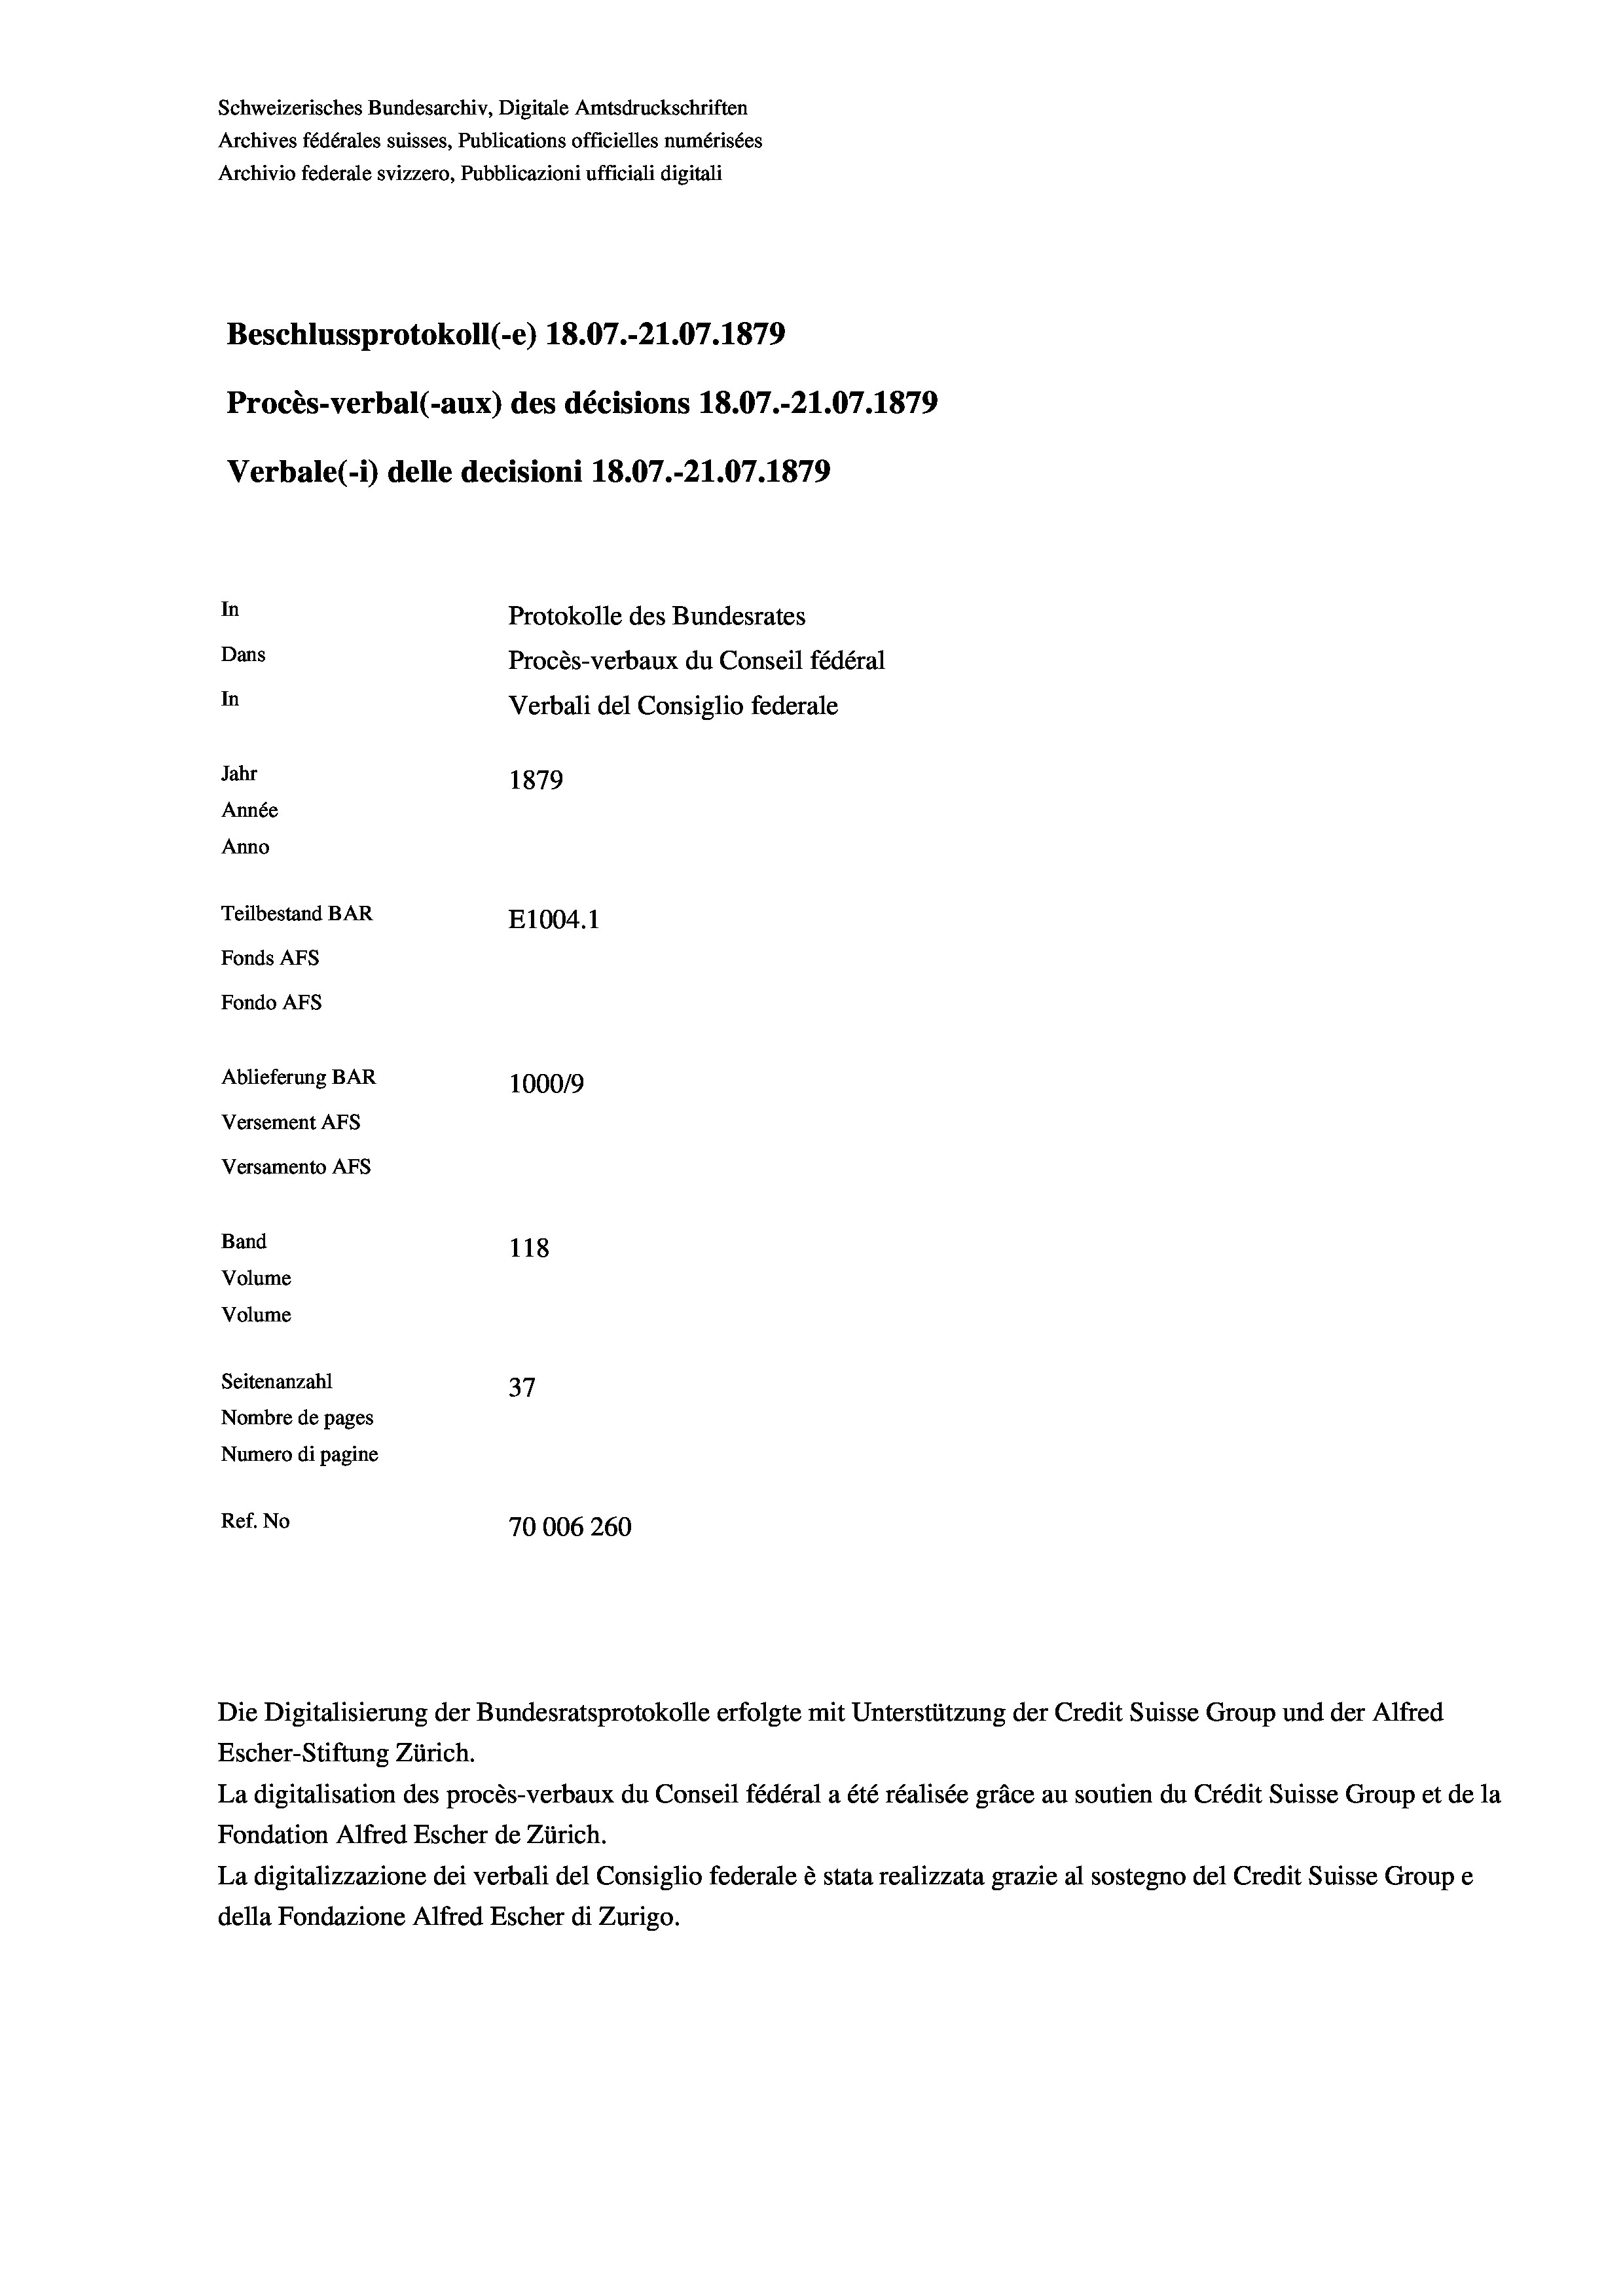
Schweizerisches Bundesarchiv, Digitale Amtsdruckschriften
Archives fédérales suisses, Publications officielles numérisées
Archivio federale svizzero, Pubblicazioni ufficiali digitali
Beschlussprotokoll (-e) 18.07.-21.07. 1879
Procès-verbal (-aux) des décisions 18.07.-21.07. 1879
Verbale (- 1) delle decisioni 18.07.-21.07. 1879
In
Protokolle des Bundesrates
Dans
Procès-verbaux du Conseil fédéral
In
Verbali del Consiglio federale
Jahr
1879
Année
Anno
Teilbestand BAR
E1004. 1
Fonds AFs
Fondo AFS
Ablieferung BAR
100019
Versement AFs
Versamento Afs
Band
118
Volume
Volume
Seitenanzahl
37
Nombre de pages
Numero di pagine
Ref. No
70006260

Escher-Stiftung Zürich.
La digitalisation des procès-verbaux du Conseil fédéral a été réalisée gräce au soutien du Crédit Suisse Group et de la
Fondation Alfred Escher de Zürich.
La digitalizzazione dei verbali del Consiglio federale è stata realizzata grazie al sostegno del Credit Suisse Groupe
della Fondazione Alfred Escher di Zurigo.

Die Digitalisierung der Bundesratsprotokolle erfolgte mit Unterstützung der Credit Suisse Group und der Alfred